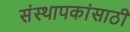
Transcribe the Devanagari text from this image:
संस्थापकांसाठी